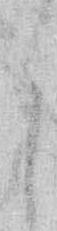
う